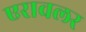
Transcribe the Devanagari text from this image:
एरावलर